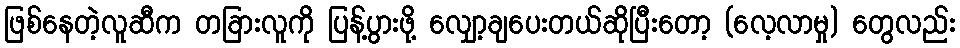
ဖြစ်နေတဲ့လူဆီက တခြားလူကို ပြန့်ပွားဖို့ လျှော့ချပေးတယ်ဆိုပြီးတော့ (လေ့လာမှု) တွေလည်း